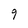
Character: g